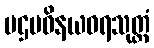
ပဌမဝိနယဓရသုတ္တံ